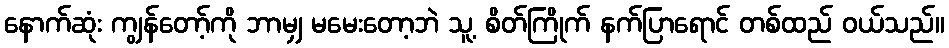
နောက်ဆုံး ကျွန်တော့်ကို ဘာမျှ မမေးတော့ဘဲ သူ့ စိတ်ကြိုက် နက်ပြာရောင် တစ်ထည် ဝယ်သည်။